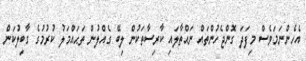
އެހެންނަމަވެސް މިފަދަ ގޮންޖެހުންތައް ނައްތާލައި ކާރިސާތަކުން ލިބޭ ގެއްލުން ތަޙައްމަލު ކުރުމުގެ ގާބިލުކަން